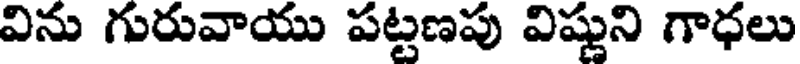
విను గురువాయు పట్టణపు విష్ణుని గాధలు